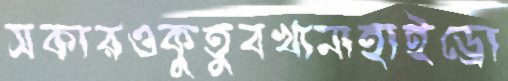
সকারওকুতুবখানাহাইড্রো